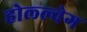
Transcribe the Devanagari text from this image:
होल्ल्वेग